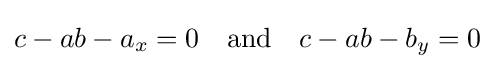
c-ab-a_{x}=0\quad {\text{and}}\quad c-ab-b_{y}=0